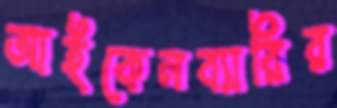
আইকেনব্যারির